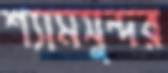
শ্যামসুন্দর